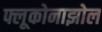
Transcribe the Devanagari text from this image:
फ्लूकोनाझोल